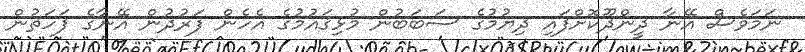
ނަމަވެސް އޭނާ ދީންދޫކޮށްފައި ދިޔުމުގެ ސަބަބުން މުޅިޤައުމުގެ އެހެން ފަރުދުން އޭނާގެ ފަހަތުން